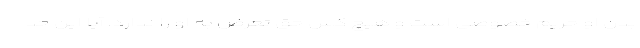
بدن او حریم خصوصی است و هیچ کس حق تعرض به او را ندارد. آیا این حد